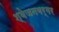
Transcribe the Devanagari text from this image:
श्‍वेजनबर्गर